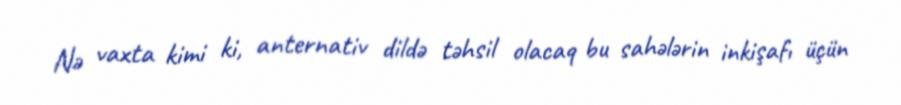
Nə vaxta kimi ki, anternativ dildə təhsil olacaq bu sahələrin inkişafı üçün